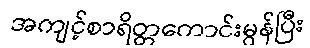
အကျင့်စာရိတ္တကောင်းမွန်ပြီး